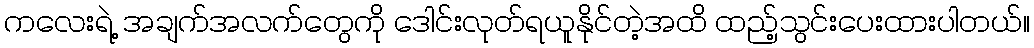
ကလေးရဲ့ အချက်အလက်တွေကို ဒေါင်းလုတ်ရယူနိုင်တဲ့အထိ ထည့်သွင်းပေးထားပါတယ်။